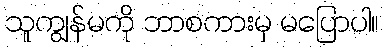
သူကျွန်မကို ဘာစကားမှ မပြောပါ။